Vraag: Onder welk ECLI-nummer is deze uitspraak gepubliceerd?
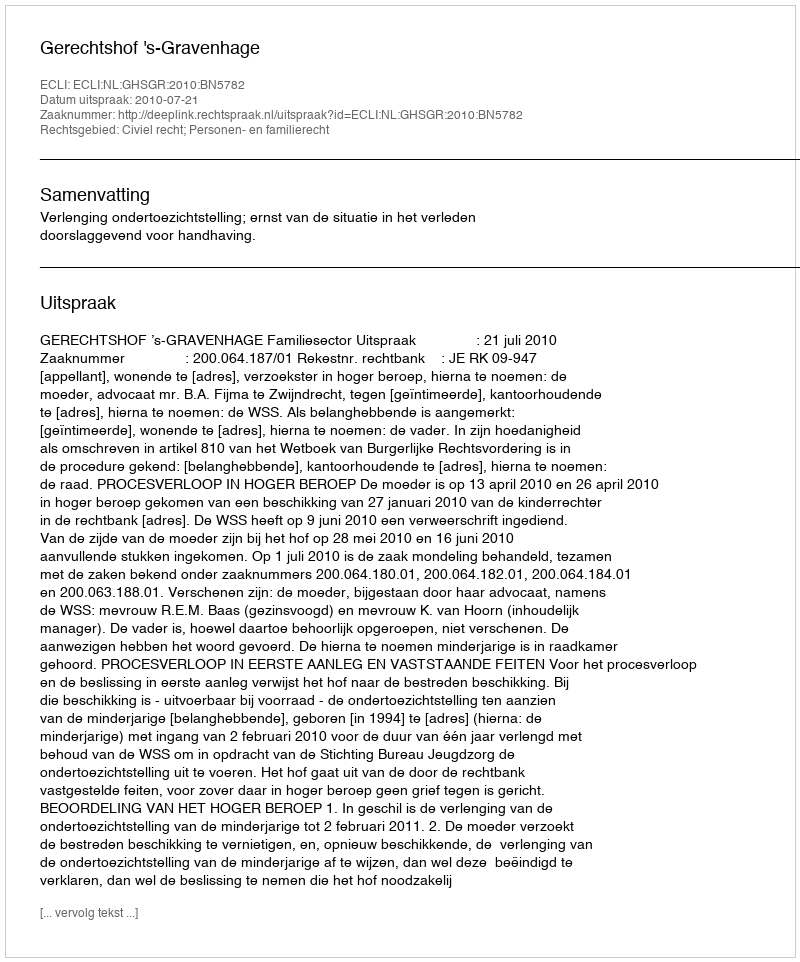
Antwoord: ECLI:NL:GHSGR:2010:BN5782